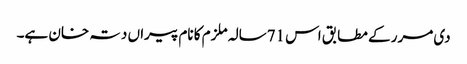
دی مرر کے مطابق اس 71سالہ ملزم کا نام پیراں دتہ خان ہے۔